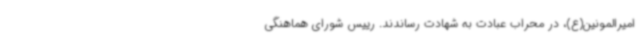
امیرالمونین(ع)، در محراب عبادت به شهادت ‌رساندند. رییس شورای هماهنگی